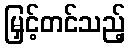
မြှင့်တင်သည့်